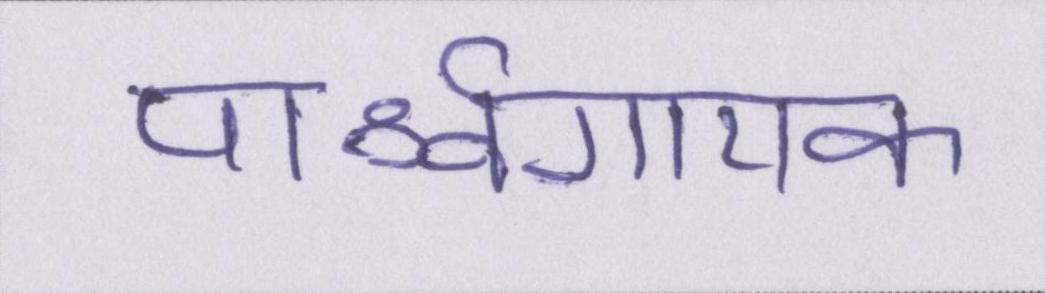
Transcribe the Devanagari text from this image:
पार्श्वगायक